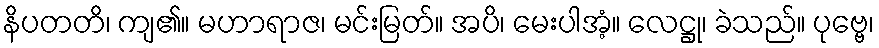
နိပတတိ၊ ကျ၏။ မဟာရာဇ၊ မင်းမြတ်။ အပိ၊ မေးပါအံ့။ လေဋ္ဌု၊ ခဲသည်။ ပုဗ္ဗေ၊